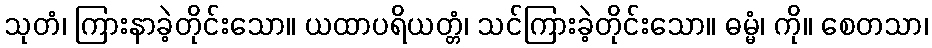
သုတံ၊ ကြားနာခဲ့တိုင်းသော။ ယထာပရိယတ္တံ၊ သင်ကြားခဲ့တိုင်းသော။ ဓမ္မံ၊ ကို။ စေတသာ၊